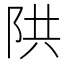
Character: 䧆